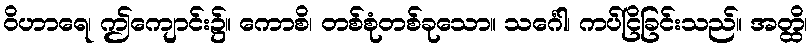
ဝိဟာရေ၊ ဤကျောင်း၌။ ကောစိ၊ တစ်စုံတစ်ခုသော။ သင်္ဂေါ၊ ကပ်ငြိခြင်းသည်။ အတ္ထိ၊